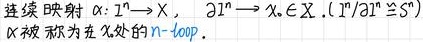
连续映射 $\alpha: \mathbb{I}^n \to X$, $\partial \mathbb{I}^n \to x_* \in X$. $(\mathbb{I}^n/\partial \mathbb{I}^n \cong S^n)$
$\alpha$ 被称为在 $x_*$ 处的 $n - loop$.